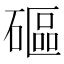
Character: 𥕥